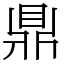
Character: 鼎